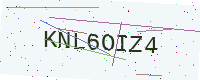
Text: KNL6OIZ4